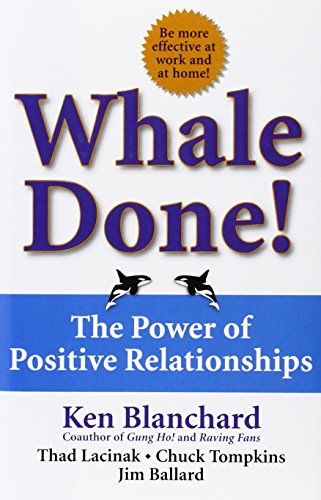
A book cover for Whale Done!: The Power of Positive Relationships; Kenneth Blanchard Ph.D.; Self-Help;